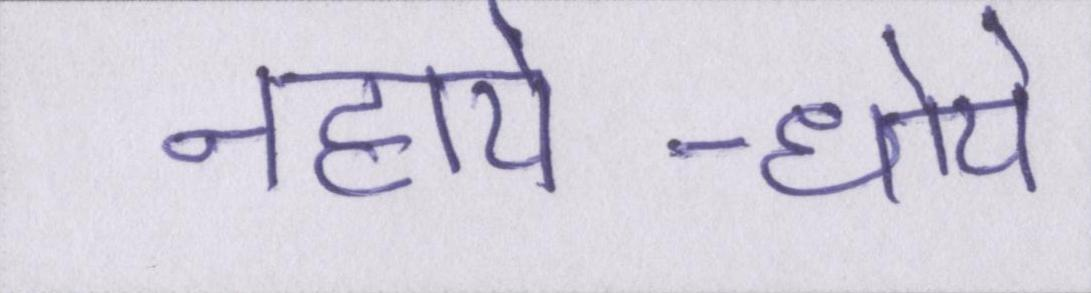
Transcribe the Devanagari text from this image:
नहाये-धोये